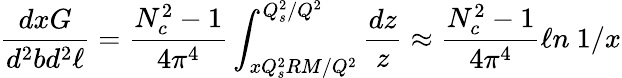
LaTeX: {\frac{dxG}{d^{2}bd^{2}\ell}}={\frac{N_{c}^{2}-1}{4\pi^{4}}}\int_{xQ_{s}^{2}RM/Q^{2}}^{Q_{s}^{2}/Q^{2}}{\frac{dz}{z}}\approx{\frac{N_{c}^{2}-1}{4\pi^{4}}}\ell n\ 1/x